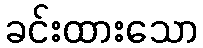
ခင်းထားသော